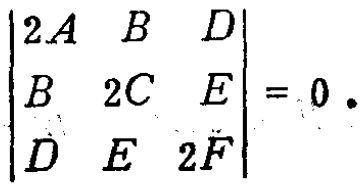
\[\begin{vmatrix}
2A & B & D \\
B & 2C & E \\
D & E & 2F
\end{vmatrix}=0\]